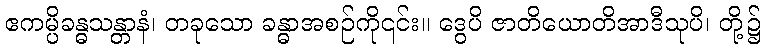
ဧကမ္ပိခန္ဓသန္တာနံ၊ တခုသော ခန္ဓာအစဉ်ကို၎င်း။ ဒွေပိ ဇာတိယောတိအာဒီသုပိ၊ တို့၌